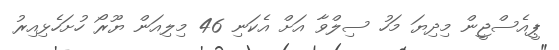
ޕީއެސްޖީން މިދިޔަ މަހު ސިލްވާ އަށް އެކަނި 46 މިލިއަން ޔޫރޯ ހުށަހެޅިއިރު